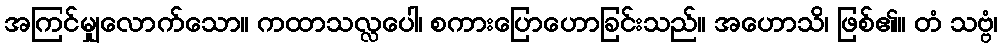
အကြင်မျှလောက်သော။ ကထာသလ္လပေါ၊ စကားပြောဟောခြင်းသည်။ အဟောသိ၊ ဖြစ်၏။ တံ သဗ္ဗံ၊